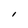
Character: 1